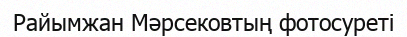
Райымжан Мәрсековтың фотосуреті